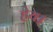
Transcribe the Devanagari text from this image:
हेय।